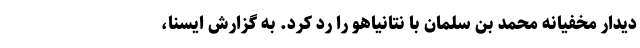
دیدار مخفیانه محمد بن سلمان با نتانیاهو را رد کرد. به گزارش ایسنا،